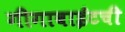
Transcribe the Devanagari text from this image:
गीगाबाईटची